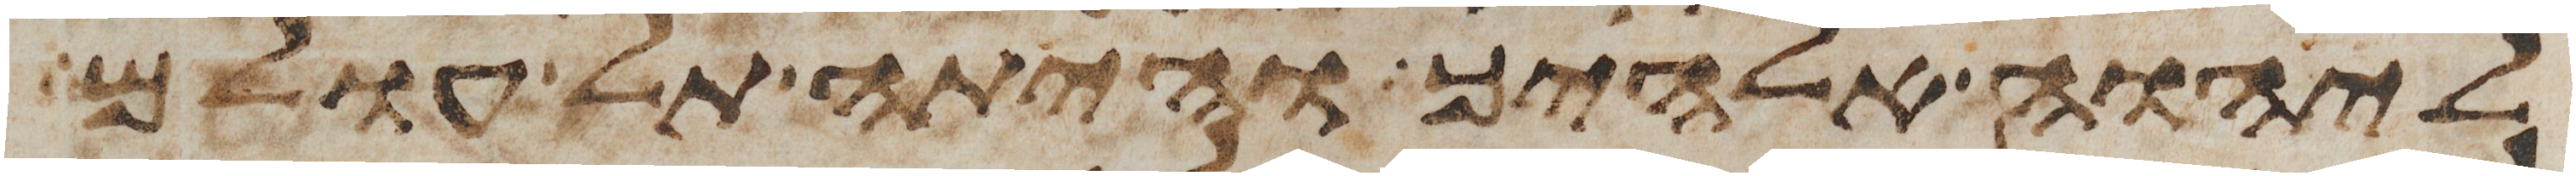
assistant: ליהוה אלהיך והיתה תל עולם